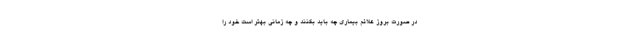
در صورت بروز علائم بیماری چه باید بکنند و چه زمانی بهتر است خود را